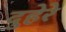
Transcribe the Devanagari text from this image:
दुहेरे